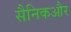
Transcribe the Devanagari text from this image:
सैनिकऔर